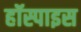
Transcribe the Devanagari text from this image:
हॉस्पाइस